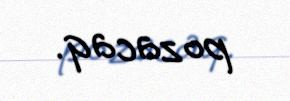
pozacaq.